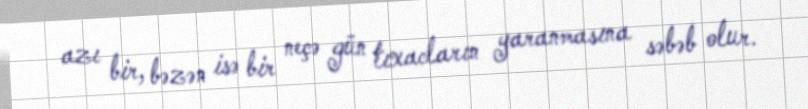
azı bir, bəzən isə bir neçə gün tıxacların yaranmasına səbəb olur.